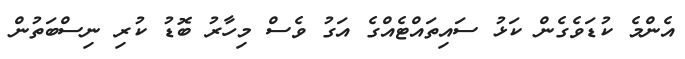
އެންމެ ކުޑަވެގެން ކަޅު ސައިތައްޓެއްގެ އަގު ވެސް މިހާރު ބޮޑު ކުރި ނިސްބަތުން